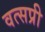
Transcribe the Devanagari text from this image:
वत्सप्री